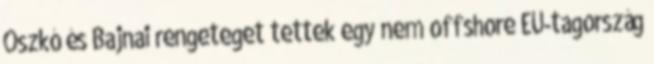
Oszkó és Bajnai rengeteget tettek egy nem offshore EU-tagország